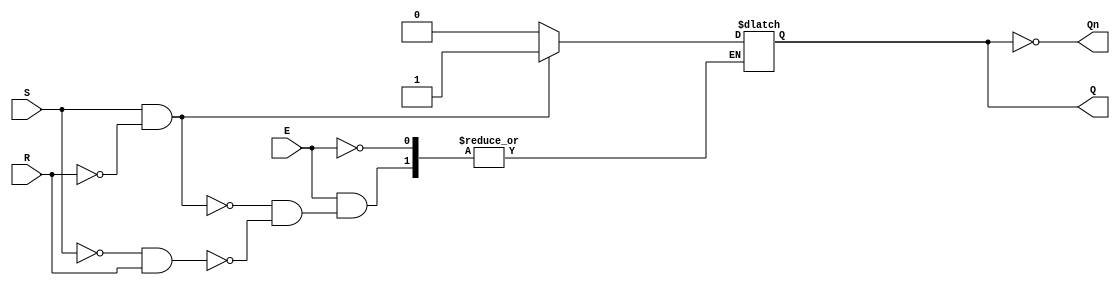
module GatedSRLatch (
    input wire S,      // Set input
    input wire R,      // Reset input
    input wire E,      // Enable input
    output reg Q,      // Output Q
    output wire Qn     // Output Q' (not Q)
);

// Invert Q for Qn output
assign Qn = ~Q;

// Always block to implement the latch behavior
always @(E, S, R) begin
    if (E) begin
        if (S && ~R) begin
            Q <= 1'b1;  // Set Q to 1
        end else if (~S && R) begin
            Q <= 1'b0;  // Reset Q to 0
        end
        // If both S and R are 0, maintain the current state
    end
    // If E is low, maintain the current state (Q remains unchanged)
end

// Initialization block (optional)
initial begin
    Q = 1'b0; // Initialize Q to 0
end

endmodule